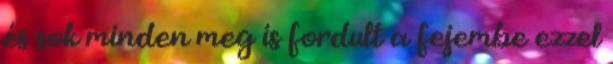
és sok minden meg is fordult a fejembe ezzel